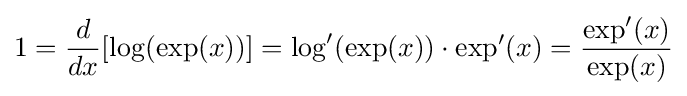
1={\frac {d}{dx}}[\log(\exp(x))]=\log '(\exp(x))\cdot \exp '(x)={\frac {\exp '(x)}{\exp(x)}}